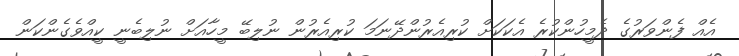
އެއް ފެންވަރުގެ ދެމީހުންކުރެ އެކަކަށް ކުރިއެރުންދޭނަމަ ކުރިއެރުން ނުލިބޭ މީހާއަށް ނުލިބެނީ ކީއްވެގެންކަން